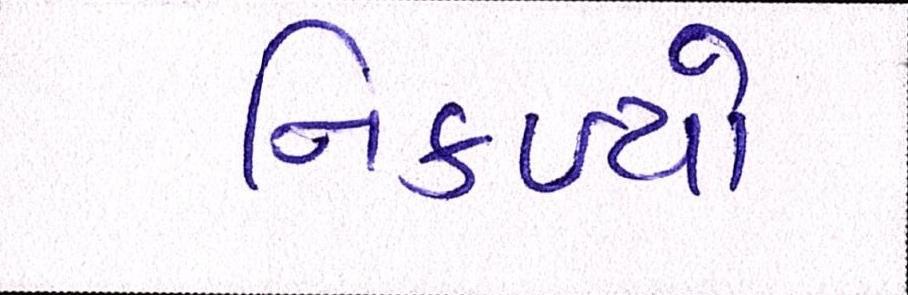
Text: નિકળ્યો